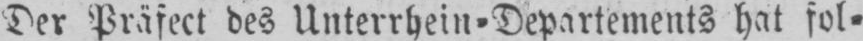
Der Präfect des Unterrhein⸗Departements hat fol⸗